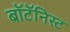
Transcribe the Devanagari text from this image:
बॉटॅनिस्ट